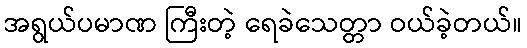
အရွယ်ပမာဏ ကြီးတဲ့ ရေခဲသေတ္တာ ဝယ်ခဲ့တယ်။